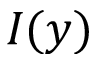
I ( y )